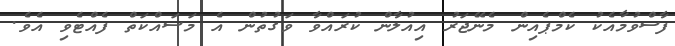
ފާސްވުމާއެކު ކެމްޕެއިން މެނޭޖަރު އިއުލާން ކުރައްވާ ވަގުތުން އެ މަސައްކަތް ފެއްޓެވި އެވެ.